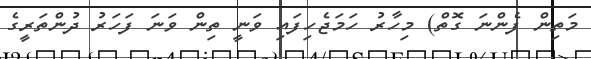
މަތިން ފެންނަ ގޮތް) މިހާރު ހަމަޖެހިފައި ވަނީ ތިން ވަނަ ފަހަރު ދުންތަރީގެ